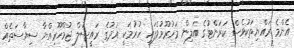
އެންމެ ރައްޔިތަކުވެސް ކަރަންޓުގެ އަލިން މަހުރޫމުވެފައި ހުރުމަކީ އަދުގެ ރައީސުލް ޖުމްހޫރިއްޔާ ސިޔާސަތެއް